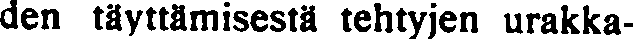
den täyttämisestä tehtyjen urakka-